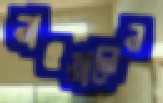
নাওয়ালেন